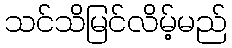
သင်သိမြင်လိမ့်မည်